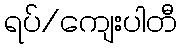
ရပ်/ကျေးပါတီ